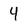
Character: 4